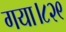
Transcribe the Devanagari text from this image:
गया।८२९